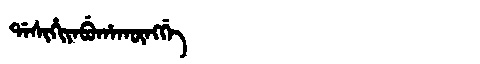
Manchu: ᡩᠠᠰᡳᡥᡳᠶᠠᠪᡠᡥᠠᡴᡡᠩᡤᡝ
Romanization: DASIHIYABUHAKŪNGGE